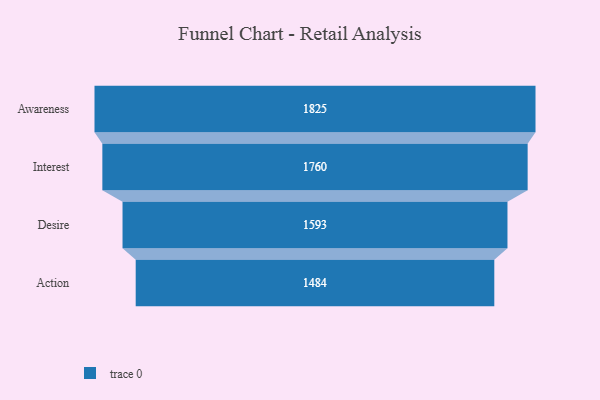
{"axis": {"x": "Stage", "y": "Value"}, "legend": [""], "data": [{"x": "Awareness", "y": 1825.0, "type": ""}, {"x": "Interest", "y": 1760.0, "type": ""}, {"x": "Desire", "y": 1593.0, "type": ""}, {"x": "Action", "y": 1484.0, "type": ""}]}